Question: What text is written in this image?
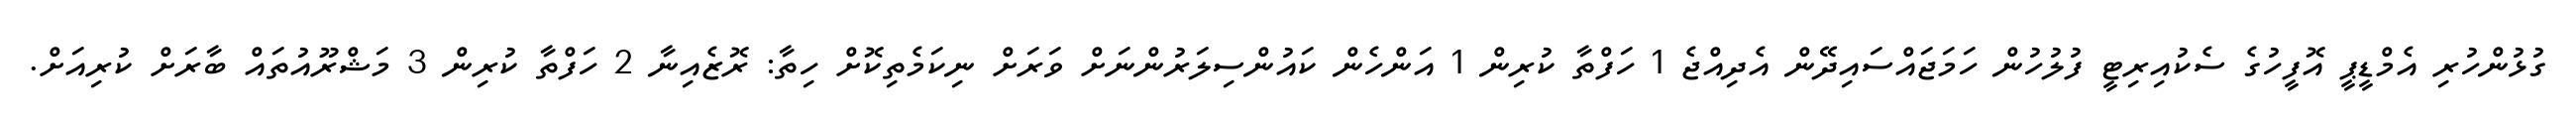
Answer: ގުޅުންހުރި އެމްޑީޕީ އޮފީހުގެ ސެކުއިރިޓީ ފުލުހުން ހަމަޖައްސައިދޭން އެދިއްޖެ 1 ހަފްތާ ކުރިން 1 އަންހެން ކައުންސިލަރުންނަށް ވަރަށް ނިކަމެތިކޮށް ހިތާ: ރޮޒެއިނާ 2 ހަފްތާ ކުރިން 3 މަޝްރޫއުތައް ބާރަށް ކުރިއަށް.